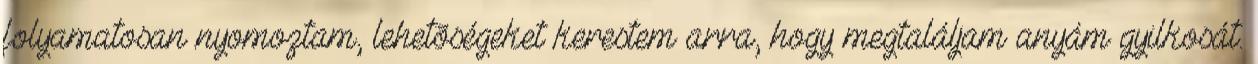
folyamatosan nyomoztam, lehetõségeket kerestem arra, hogy megtaláljam anyám gyilkosát.